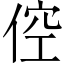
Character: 倥